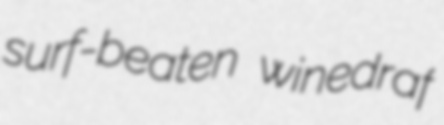
surf-beaten winedraf